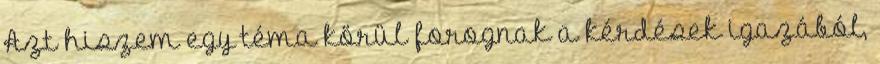
Azt hiszem egy téma körül forognak a kérdések igazából,